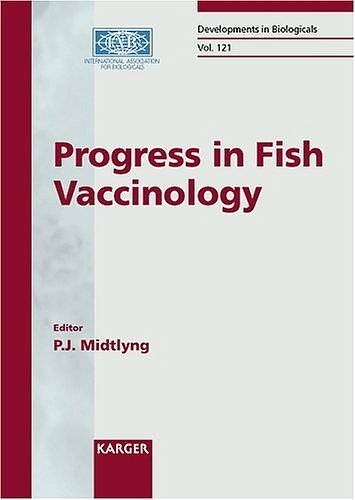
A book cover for Progress in Fish Vaccinology: 3rd International Symposium, Bergen, April 2003: Proceedings (Developments in Biologicals, Vol. 121); Medical Books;